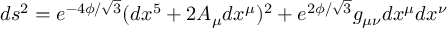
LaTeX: d s ^ { 2 } = e ^ { - 4 \phi / \sqrt { 3 } } ( d x ^ { 5 } + 2 A _ { \mu } d x ^ { \mu } ) ^ { 2 } + e ^ { 2 \phi / \sqrt { 3 } } g _ { \mu \nu } d x ^ { \mu } d x ^ { \nu }